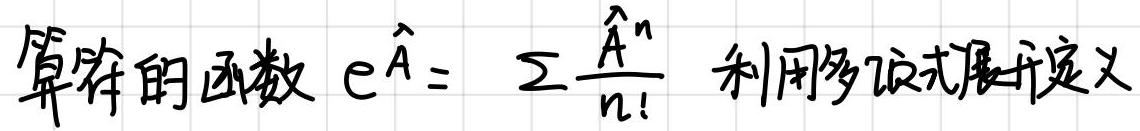
算符的函数 $\mathrm{e}^{\hat{A}} = \sum \frac{\hat{A}^n}{n!}$ 利用多项式展开定义